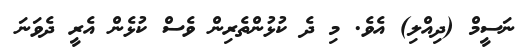
ނަސީމް (ދިއްލި) އެވެ. މި ދެ ކުޅުންތެރިން ވެސް ކުޅެން އެރީ ދެވަނަ